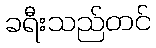
ခရီးသည်တင်